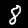
Digit: 8